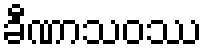
ခီဏာသဝဿ